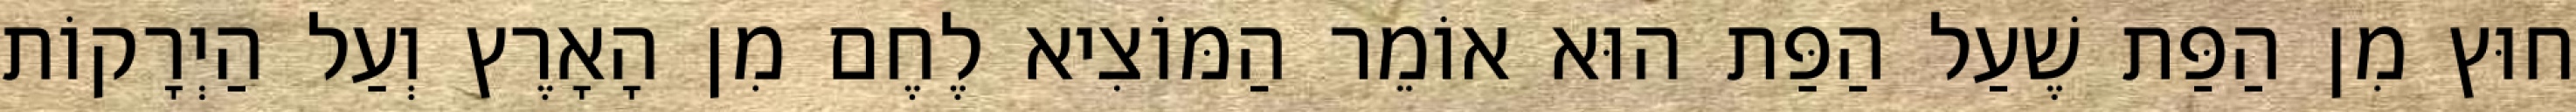
חוּץ מִן הַפַּת שֶׁעַל הַפַּת הוּא אוֹמֵר הַמּוֹצִיא לֶחֶם מִן הָאָרֶץ וְעַל הַיְרָקוֹת